Vital statistics of India. Vol. IV, Annual returns from 1871 to 1876. British Army of India, Native Army and jails of Bengal
Year: 1871
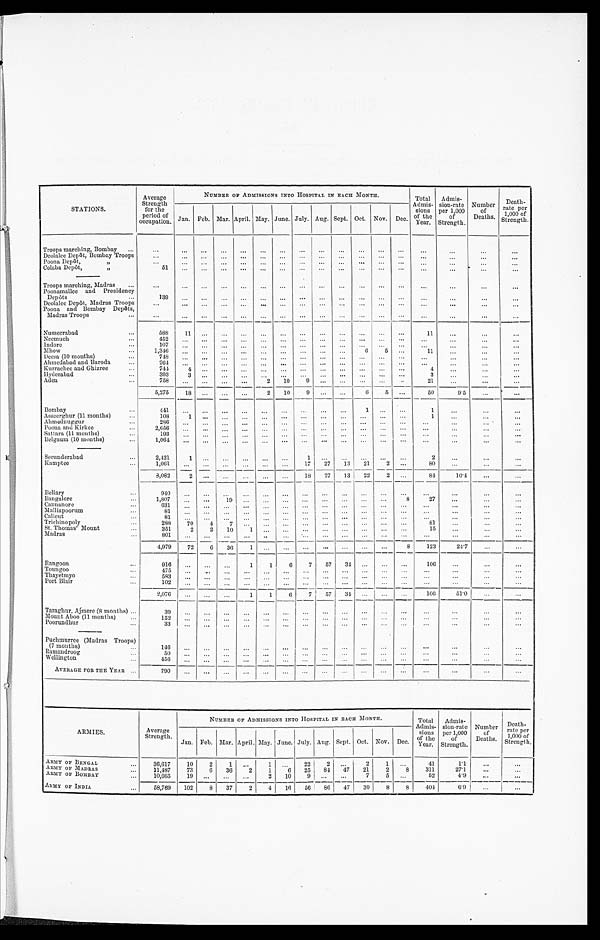
STATIONS.
Average
Strength
for the
period of
occupation.
NUMBER OF ADMISSIONS INTO HOSPITAL IN EACH MONTH.
Total
A dmis-
sions
of the
Year.
Admis-
sion-rate
per 1,000
of
Strength.
Number
of
Deaths.
Death-
rate per
1,000 of
Strength.
Jan. Feb. Mar. April. May. June. July. Aug. Sept. Oct. Nov. Dec.
Troops marching, Bombay . . .
. . .
. . .
. . .
. . .
. . .
. . .
. . .
. . .
. . .
. . .
. . .
. . .
. . .
. . .
. . .
. . .
. . .
Deolalee Depôt, Bombay Troops
. . .
. . .
. . .
. . .
. . .
. . .
. . .
. . .
. . .
. . .
. . .
. . .
. . .
. . .
. . .
. . .
. . .
Poona Depôt, " . . .
. . .
. . .
. . .
. . .
. . .
. . .
. . .
. . .
. . .
. . .
. . .
. . .
. . .
. . .
. . .
. . .
. . .
Colaba Depôt, " . . .
5 1
. . .
. . .
. . .
. . .
. . .
. . .
. . .
. . .
. . .
. . .
. . .
. . .
. . .
. . .
. . .
. . .
Troops marching, Madras . . .
. . .
. . .
. . .
. . .
. . .
. . .
. . .
. . .
. . .
. . .
. . .
. . .
. . .
. . .
. . .
. . .
. . .
Poonamallee and Presidency
Depôts . . .
1 3 9
. . .
. . .
. . .
. . . . . .
. . .
. . .
. . .
. . .
. . .
. . .
. . .
. . .
. . .
. . .
. . .
Deolalee Depôt, Madras Troops
. . .
. . .
. . .
. . .
. . .
. . .
. . .
. . .
. . .
. . .
. . .
. . .
. . .
. . .
. . .
. . .
. . .
Poona and Bombay Depôts,
Madras Troops . . .
. . .
. . .
. . .
. . .
. . .
. . .
. . .
. . .
. . .
. . .
. . .
. . .
. . .
. . .
. . .
. . .
. . .
Nusseerabad . . .
588
1 1
. . .
. . .
. . .
. . .
. . .
. . .
. . .
. . .
. . .
. . .
. . .
1 1
. . .
. . .
. . .
Neemuch . . .
452
. . .
. . .
. . .
. . . . . .
. . .. . .
. . .
. . .
. . .
. . .
. . .
. . .
. . .
. . .
. . .
Indore . . .
107
. . .
. . .
. . .
. . . . . .
. . .. . .
. . .
. . .
. . . . . .
. . .
. . .
. . .
. . .
. . .
Mhow . . .
1 , 3 4 6
. . .
. . .
. . .
. . . . . .
. . .
. . .
. . .
. . .
6
5
. . .
1 1
. . .
. . .
. . .
Deesa (10 months) . . .
748
. . .
. . .
. . .
. . .
. . .
. . .
. . .
. . .
. . .
. . .
. . .
. . .
. . .
. . .
. . .
. . .
Ahmedabad and Baroda . . .
264
. . .
. . .
. . .
. . .
. . .
. . .
. . .
. . .
. . .
. . .
. . .
. . .
. . .
. . .
. . .
. . .
Kurrachee and Ghizree . . .
744
4
. . .
. . .
. . .
. . .
. . .
. . .
. . .
. . .
. . .
. . .
. . .
4
. . .
. . .
. . .
Hyderabad . . .
393 3
. . .
. . .
. . . . . .
. . . . . .
. . .
. . .
. . .
. . .
. . .
3
. . .
. . .
. . .
Aden . . .
758
. . .
. . .
. . .
. . .
2 10.
9
. . .
. . .
. . .
. . .
. . .
. . .21
. . .
. . .
. . .
5,275
1 8
. . .
. . .
. . .
2
1 0
9
. . .
. . .
6
5
. . .
50
9 . 5
. . .
. . .
Bombay . . .
4 4 1
. . .
. . .. . .
. . .
. . .. . .
. . .
. . .
. . .
1
. . .
1
. . .
. . .
. . .
Asseerghur (11 months) . . .
108
1
. . .. . .
. . .
. . .
. . .
. . .
. . .
. . .
. . .
. . .
. . .
1
. . .
. . .
. . .
Ahmedmuggur . . .
286
. . .
. . .. . .
. . .
. . . . . .
. . .
. . .
. . .
. . .
. . .
. . .
. . .
. . .
. . .
. . .
Poona and Kirkee . . .
2 , 6 5 6
. . .
. . .. . .
. . .
. . . . . .
. . .
. . .
. . .
. . .
. . .
. . .
. . .
. . .
. . .
. . .
Sahara (11 months) . . .
1 9 3
. . .
. . .. . .
. . .
. . .
. . .
. . .
. . .
. . .
. . .
. . .
. . .
. . .
. . .
. . .
. . .
Belgaum (10 months) . . .
1,064
. . .
. . .
. . .
. . .
. . . . . .
. . .
. . .
. . .
. . .
. . .
. . .
. . .
. . .
. . .
. . .
Secunderabad . . .
2,421
1
. . . . . .
. . .
. . . . . .
1
. . .
. . .
. . .
. . .
. . .
2
. . .
. . .
. . .
Kamptee . . .
1,061
. . .
. . .
. . .
. . .
. . .
. . .
1 7
27
13
21
2
. . . 80
. . .
. . .
. . .
8,082
2
. . .. . .
. . .
. . . . . .
18
27
13
22
2
. . .
84
10.4
. . .
. . .
Bellary . . .
940
. . .
. . .
. . .
. . .
. . .
. . .
. . .
. . .
. . .
. . .
. . .
. . .
. . .
. . .
. . .
. . .
Bangalore . . .
1 , 8 0 7
. . .
. . .
19
. . .
. . .
. . .
. . . . . . . . .
. . .
. . .
8
27
. . .
. . .
. . .
Cannanore . . .
631
. . .
. . . . . .
. . .
. . .
. . .
. . .
. . . . . .
. . .
. . . . . .
. . .
. . .
. . .
. . .
Malliapoorum . . .
81
. . .
. . .
. . .
. . .
. . .
. . .
. . .
. . . . . .
. . .
. . .
. . .
. . .
. . .
. . .
. . .
C alicut . . .
81
. . .
. . .
. . .
. . .
. . .
. . .
. . .
. . .
. . .
. . .
. . . . . .
. . .
. . .
. . .
. . .
Trichino poly . . .
288
70
4
7
. . .
. . .
. . .
. . .
. . .
. . .
. . .
. . .
. . .
81
. . .
. . .
. . .
St. Thomas' Mount . . .
351
2
2
10
1
. . .
. . .
. . .
. . .
. . .
. . .
. . .
. . .
15
. . .
. . .
. . .
Madras . . .
801 . . .
. . .
. . .
. . .
. . .
. . .
. . .
. . .
. . .
. . .
. . .
. . .
. . .
. . .
. . .
. . .
4,979
72
6
36
1
. . .
. . .
. . .
. . .
. . .
. . .
. . .
8
123
24.7
. . .
. . .
Rangoon . . .
916
. . .
. . . . . .
1
1
6
7
5 7 34.
. . .
. . .
. . .
106
. . .
. . .
. . .
Toungoo . . .
4 75
. . .
. . . . . .
. . .
. . .
. . .
. . .
. . .
. . .
. . .
. . .
. . .
. . .
. . .
. . .
. . .
Thayetmyo . . .
583
. . .
. . .
. . .
. . .
. . .
. . .
. . .
. . .
. . .
. . .
. . .
. . .
. . .
. . .
. . .
. . .
Port Blair . . .
1 0 2
. . .
. . . . . .
. . .
. . .
. . .
. . .
. . .
. . .
. . .
. . .
. . .
. . .
. . .
. . .
. . .
2,076
. . .
. . .
. . .
1
1
6
7
57
34
. . .
. . .
. . .
1 0 6
51'0
. . .
. . .
Taraghur, Ajmere (8 months) . . .
39
. . .
. . .. . .
. . .
. . .
. . .
. . .
. . . . . .
. . .
. . .
. . .
. . .
. . .
. . .
. . .
Mount Aboo (11 mouths) . . .
1 5 2
. . .
. . .. . .
. . .
. . .
. . .
. . .
. . . . . .
. . .
. . .
. . .
. . .
. . .
. . .
. . .
Poorundhur . . .
33
. . .
. . .
. . .
. . .
. . .
. . .
. . .
. . .
. . .
. . .
. . .
. . .
. . .
. . .
. . .
. . .
Puchmurree (Madras Troops)
( 7 months) . . .
146
. . .
. . . . . .
. . .
. . .
. . .
. . .
. . .
. . .
. . .
. . .
. . .
. . .
. . .
. . .
. . .
R amandroog . . .
50
. . .
. . .
. . . . . .
. . .
. . .
. . .
. . .
. . .
. . .
. . .
. . .
. . .
. . .
. . .
. . .
. . .
Wellington . . .
456 . . .
. . .
. . .
. . .
. . .
. . .
. . .
. . .
. . .
. . .
. . .
. . .
. . .
. . .
. . .
. . .
AVERAGE FOR THE YEAR . . .
790 . . .
. . .
. . .
. . .
. . . . . .
. . .
. . .
. . .
. . .
. . .
. . . . . .
. . .
. . .
. . .
ARMIES.
Average
Strength.
NUMBER OF ADMISSIONS INTO HOSPITAL IN EACH MONTH.
Total
Admis-
sions
of the
Year.
Admis-
sion-rat e
per 1,000
of
Strength.
Number
of
Deaths.
Death
-
rate per
1,000 o f'
Strength.
Jan. Feb. Mar. April. May. June. July. Aug. Sept. Oct. Nov. Dec.
ARMY OF BENGAL . . .
36,617
10
2
1
. . .
1
. . . 22
2
. . .
2
1
. . .
4 1
1 . 1
. . .
. . .
A R M Y O F M A D R A S
. . .
11,487
73
6
36
2
1
6
25
84
47
21
2
8
3 1 1
2 7 . 1
. . .
. . .
O
ARMY OF BOMBAY . . .
10,665
19
. . .
. . .
. . .
2
10
9
. . .
. . .
7
5
. . .
5 2
4 . 9
. . .
. . .
ARMY OF INDIA . . .
58,769
102
8
37
2
4
16
56
86
47
30
8
8
404
6.9
. . .
. . .